Vaccine operations Central Provinces 1886-1899 - 1886-1899
Year: 1886
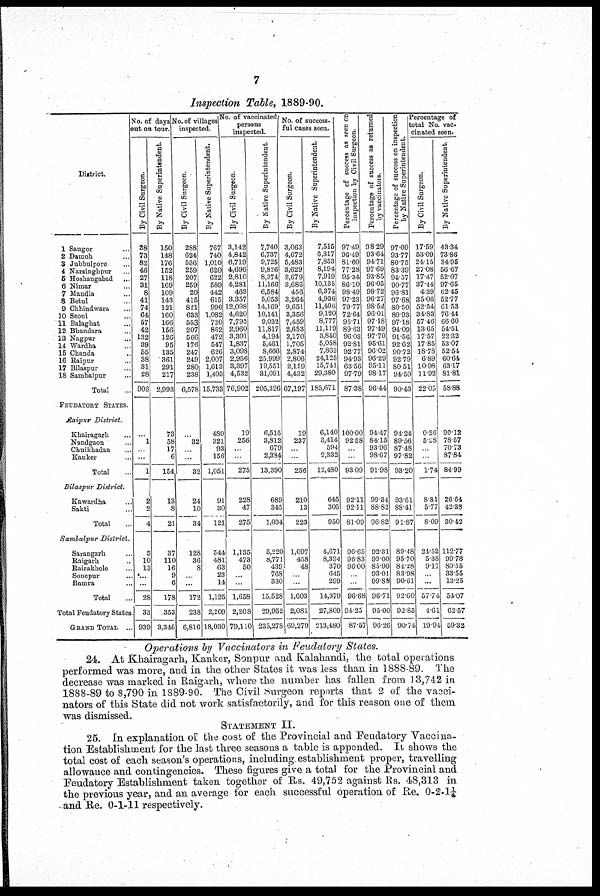
7
Inspection Table, 1889-90.
1
2
3
4
5
6
7
8
9
10
11
12
13
14
15
16
17
18
Saugor ...
Damoh ...
Jubbulpore ...
Narsinghpur...
Hoshangabad ...
Nimar ...
Manda ...
Betul ...
Chhindwara ...
Seoni ...
Balaghat ...
Bhandara ...
Nagpur ...
Wardha...
Chanda ...
Raipur ...
Bilaspur ...
Sambalpur ...
Total ...
FEUDATORY STATES.
Raipur District.
Khairagarh ...
Nandgaon ...
Chuikhandan ...
Kanker ...
Total ...
Bilaspur District
Kawardha ...
Sakti ...
Total ...
Sambalpur District
Sarangarh ...
Raipur ...
Rairakhole ...
Sonepur ...
Bamra ...
Total ...
Total Feudatory States.
GRAND TOTAL ...
No. of days
out on tour.
By Civil Surgeon.
38
73
82
46
27
31
8
41
74
64
57
42
132
39
55
38
31
28
906
...
1
...
...
1
2
2
4
5
10
13
...
...
28
33
939
By Native Superintendent.
150
148
176
152
118
169
109
143
121
160
166
156
126
95
135
361
291
217
2,993
73
58
17
6
154
13
8
21
37
110
16
9
6
178
353
3,346
No. of villages
inspected.
By Civil Surgeon.
288
624
536
259
207
259
20
415
821
633
553
207
566
176
247
249
280
238
6,578
...
32
...
...
32
24
10
34
128
36
8
...
...
172
238
6,816
By Native Superintendent.
767
740
1,010
620
622
589
442
615
996
1,082
720
862
472
547
626
2,007
1,613
1,403
15,733
480
321
93
156
1,051
91
30
121
544
481
63
23
14
1,125
2,209
18,030
No. of vaccinated
persons
inspected.
By Civil Surgeon.
3,142
4,842
6,719
4,696
2,810
4,281
463
3,357
12,098
4,620
7,793
2,960
3,301
1,837
3,098
2,956
3,397
4,532
76,902
19
256
...
...
275
228
47
275
1,135
473
50
...
...
1,658
2,208
79,110
By Native Superintendent.
7,740
6,737
9,725
9,826
8,374
11,166
6,584
5,053
14,169
10,141
9,032
11,817
4,194
5,461
8,666
25,999
19,551
31,091
205,326
6,515
3,812
679
2,384
13,390
689
345
1,034
5,220
8,771
439
768
330
15,528
29,952
235,278
No. of success-
ful cases seen.
By Civil Surgeon.
3,063
4,672
5,483
3,629
2,679
3,686
456
3,264
9,651
3,356
7,459
2,653
3,170
1,705
2,874
2,806
2,159
4,432
67,197
19
237
...
...
256
210
13
223
1,097
458
48
...
...
1,603
2,081
69,279
By Native Superintendent.
7,515
6,317
7,853
8,194
7,919
10,135
6,374
4,936
11,406
9,120
8,777
11,119
3,840
5,058
7,862
24,125
15,741
29,380
185,671
6,140
3,414
594
2,332
12,480
645
305
950
4,671
8,394
370
645
299
14,379
27,809
213,480
Percentage of success as seen on
inspection by Civil Surgeon.
97.49
96.49
81.60
77.28
95.34
86.10
98.49
97.23
79.77
72.64
95.71
89.63
96.03
92.81
92.77
94.93
63.56
97.79
87.38
100.00
92.58
...
...
93.09
92.11
92.11
81.09
96.65
96.83
96.00
...
...
96.68
94.25
87.57
Percentage of success as returned
by vaccinators.
98.29
93.64
94.71
97.69
93.85
96.05
98.72
96.27
98.54
96.01
97.18
97.49
97.70
95.61
96.02
96.29
95.11
98.17
96.44
94.47
84.13
93.96
98.67
91.98
99.34
88.82
96.82
92.31
99.00
85.90
93.01
99.88
96.71
95.00
96.26
Percentage of success on inspection
by Native Superintendent.
97.09
93.77
80.75
83.39
94.37
90.77
96.81
97.68
80.50
89.93
97.18
94.09
91.56
92.62
90.72
92.79
80.51
94.50
90.43
94.24
89.56
87.48
97.85
93.20
93.61
88.41
91.87
89.48
95.70
84.28
83.98
90.61
92.60
92.85
90.74
Percentage of
total No. vac-
cinated seen.
By Civil Surgeon.
17.59
53.09
24.15
27.08
17.47
37.44
4.39
35.06
52.54
34.83
57.46
13.65
17.57
17.85
18.78
6.89
10.98
11.92
22.05
0.26
5.28
...
...
1.74
8.81
5.77
8.09
24.52
5.38
9.17
...
...
57.74
4.61
19.94
By Native Superintendent.
43.34
73.86
34.95
56.67
52.07
97.65
62.45
52.77
61.53
76.44
66.60
54.51
22.32
53.07
52.54
60.64
63.17
81.81
58.88
90.12
78.57
70.73
87.84
84.99
26.64
42.38
30.42
112.77
99.78
80.55
33.55
13.25
54.07
62.57
59.32
Operations by Vaccinators in Feudatory States.
24. At Khairagarh, Kanker, Sonpur and Kalahandi, the total operations
performed was more, and in the other States it was less than in 1888-89. The
decrease was marked in Raigarh, where the number has fallen from 13,742 in
1888-89 to 8,790 in 1889-90. The Civil Surgeon reports that 2 of the vacci-
nators of this State did not work satisfactorily, and for this reason one of them
was dismissed.
STATEMENT II.
25. In explanation of the cost of the Provincial and Feudatory Vaccina-
tion Establishment for the last three seasons a table is appended. It shows the
total cost of each season's operations, including, establishment proper, travelling
allowance and contingencies. These figures give a total for the Provincial and
Feudatory Establishment taken together of Rs. 49,752 against Rs. 48,313 in
the previous year, and an average for each successful operation of Re. 0-2-1¼
and Re. 0-1-11 respectively.